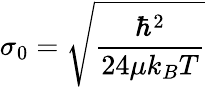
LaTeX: \sigma_{0}=\sqrt{\frac{\hbar^{2}}{24\mu k_{B}T}}